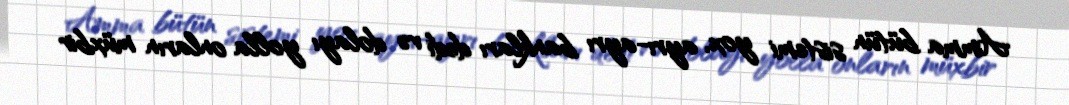
Amma bütün sistemi yox, ayrı-ayrı bankları dedi və dolayı yolla onların müxbir